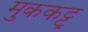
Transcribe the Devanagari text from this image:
मुककट्टू